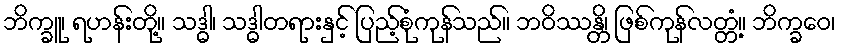
ဘိက္ခူ၊ ရဟန်းတို့။ သဒ္ဓါ၊ သဒ္ဓါတရားနှင့် ပြည့်စုံကုန်သည်။ ဘဝိဿန္တိ၊ ဖြစ်ကုန်လတ္တံ့။ ဘိက္ခဝေ၊